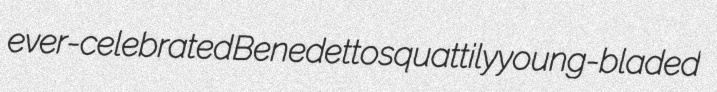
ever-celebrated Benedetto squattily young-bladed